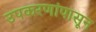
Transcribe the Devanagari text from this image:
उपकरणांपासून